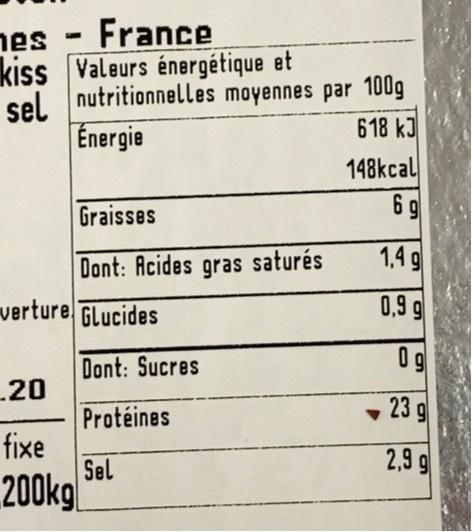
nes France kiss Valeurs énergétique et sel. nutritionnelles moyennes par 100g Énergie
g 618 kJ
148kcal
Graisses
6 9
Dont: Acides gras saturés
1,4 g
verture Glucides
0,9 g
0 g
Dont: Sucres 20 Protéines fixe Sel 200kg
• 23 g
2,9 g